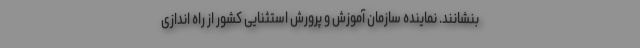
بنشانند. نماینده سازمان آموزش و پرورش استثنایی کشور از راه اندازی